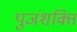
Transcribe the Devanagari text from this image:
पुजंशक्ति